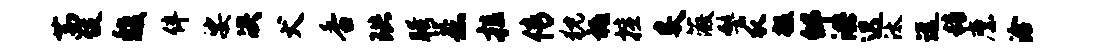
茜伎馥伴娑决犬香珙胯惹拉传猊祗擅炙薇髻瓜掇邰洪迟汰远精縻洽